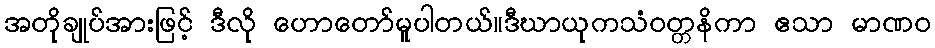
အတိုချုပ်အားဖြင့် ဒီလို ဟောတော်မူပါတယ်။ဒီဃာယုကသံဝတ္တနိကာ ဧသာ မာဏဝ